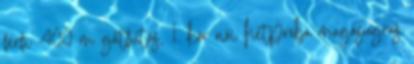
férfi 400 m gátfutás, 1. kör női hétpróba magasugrás